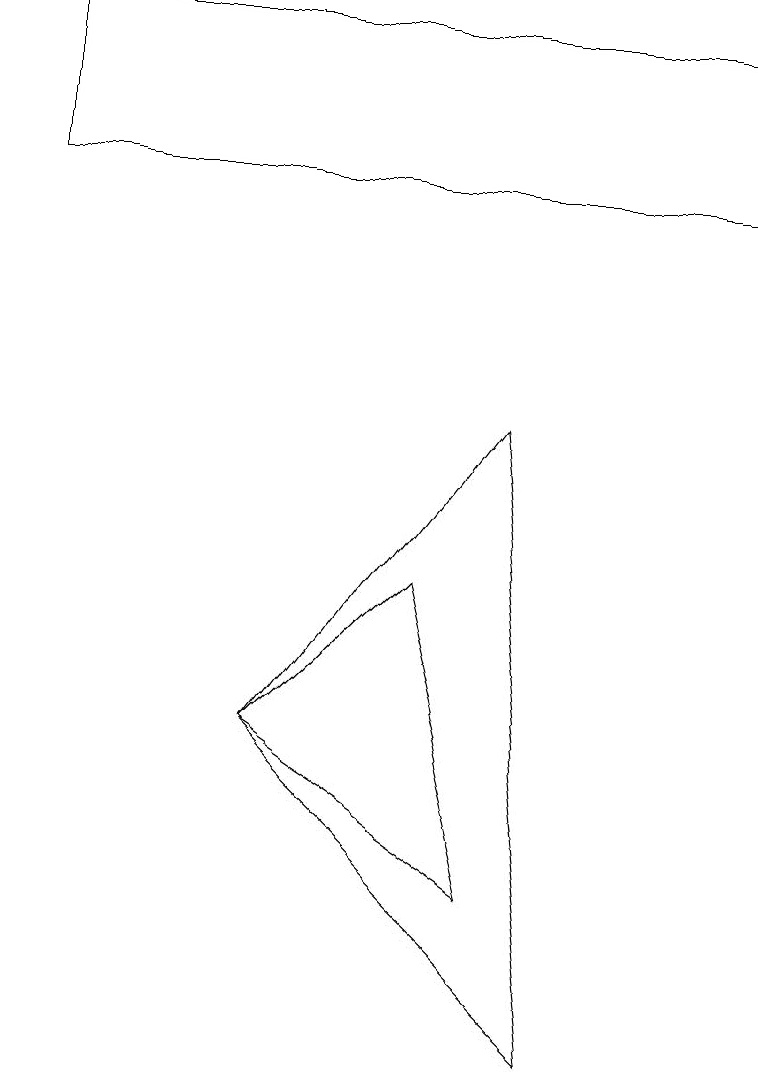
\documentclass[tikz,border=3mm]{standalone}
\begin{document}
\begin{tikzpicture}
\draw (5,6) -- (6,2) -- (3,4) -- cycle;
\draw (3,4) -- (6,8) -- (7,0) -- cycle;
\draw (0,13) rectangle (9,11);
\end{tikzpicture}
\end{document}